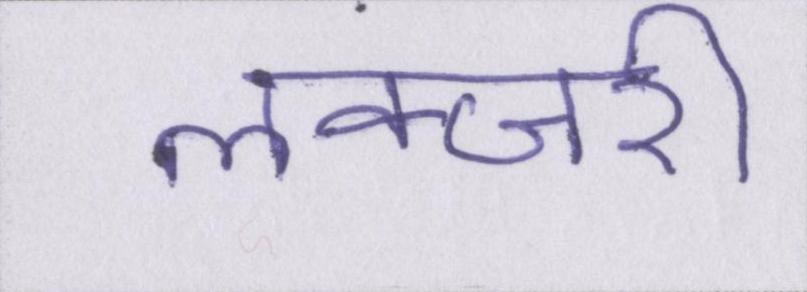
लक्जरी